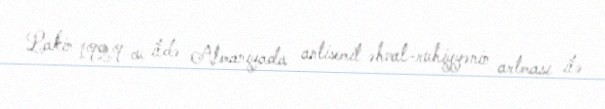
Lakin 1929-cu ildə Almaniyada antisemit əhval-ruhiyyənin artması ilə